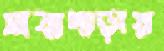
সাত্রাপাড়ায়